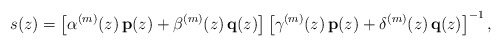
\begin{align*} s(z)= \left[\alpha^{(m)}(z)\,{\bf p}(z)+\beta^{(m)}(z)\,{\bf q}(z)\right] \left[\gamma^{(m)}(z)\,{\bf p}(z)+\delta^{(m)}(z)\,{\bf q}(z)\right]^{-1}, \end{align*}